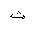
Letter: _tha